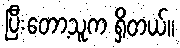
ပြီးတော့သူက ရှိတယ်။